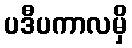
ပဒီပကာလမှိ